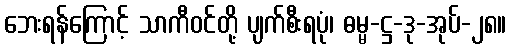
ဘေးရန်ကြောင့် သာကီဝင်တို့ ပျက်စီးရပုံ၊ ဓမ္မ-ဋ္ဌ-ဒု-အုပ်-၂၈။